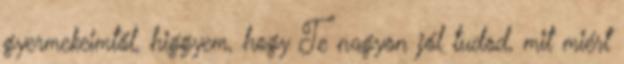
gyermekeimtől, higgyem, hogy Te nagyon jól tudod, mit miért